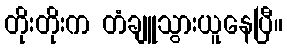
တိုးတိုးက တံချူသွားယူနေပြီ။